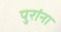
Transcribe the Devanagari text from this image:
पुरांना